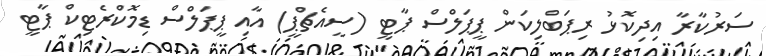
ސަރުކާރާ އިދިކޮޅު ރިޕަބްލިކަން ޕީޕަލްސް ޕާޓީ (ސީއެޗްޕީ) އާއި ޕީޕަލްސް ޑިމޮކްރެޓިކް ޕާޓީ